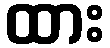
ထား